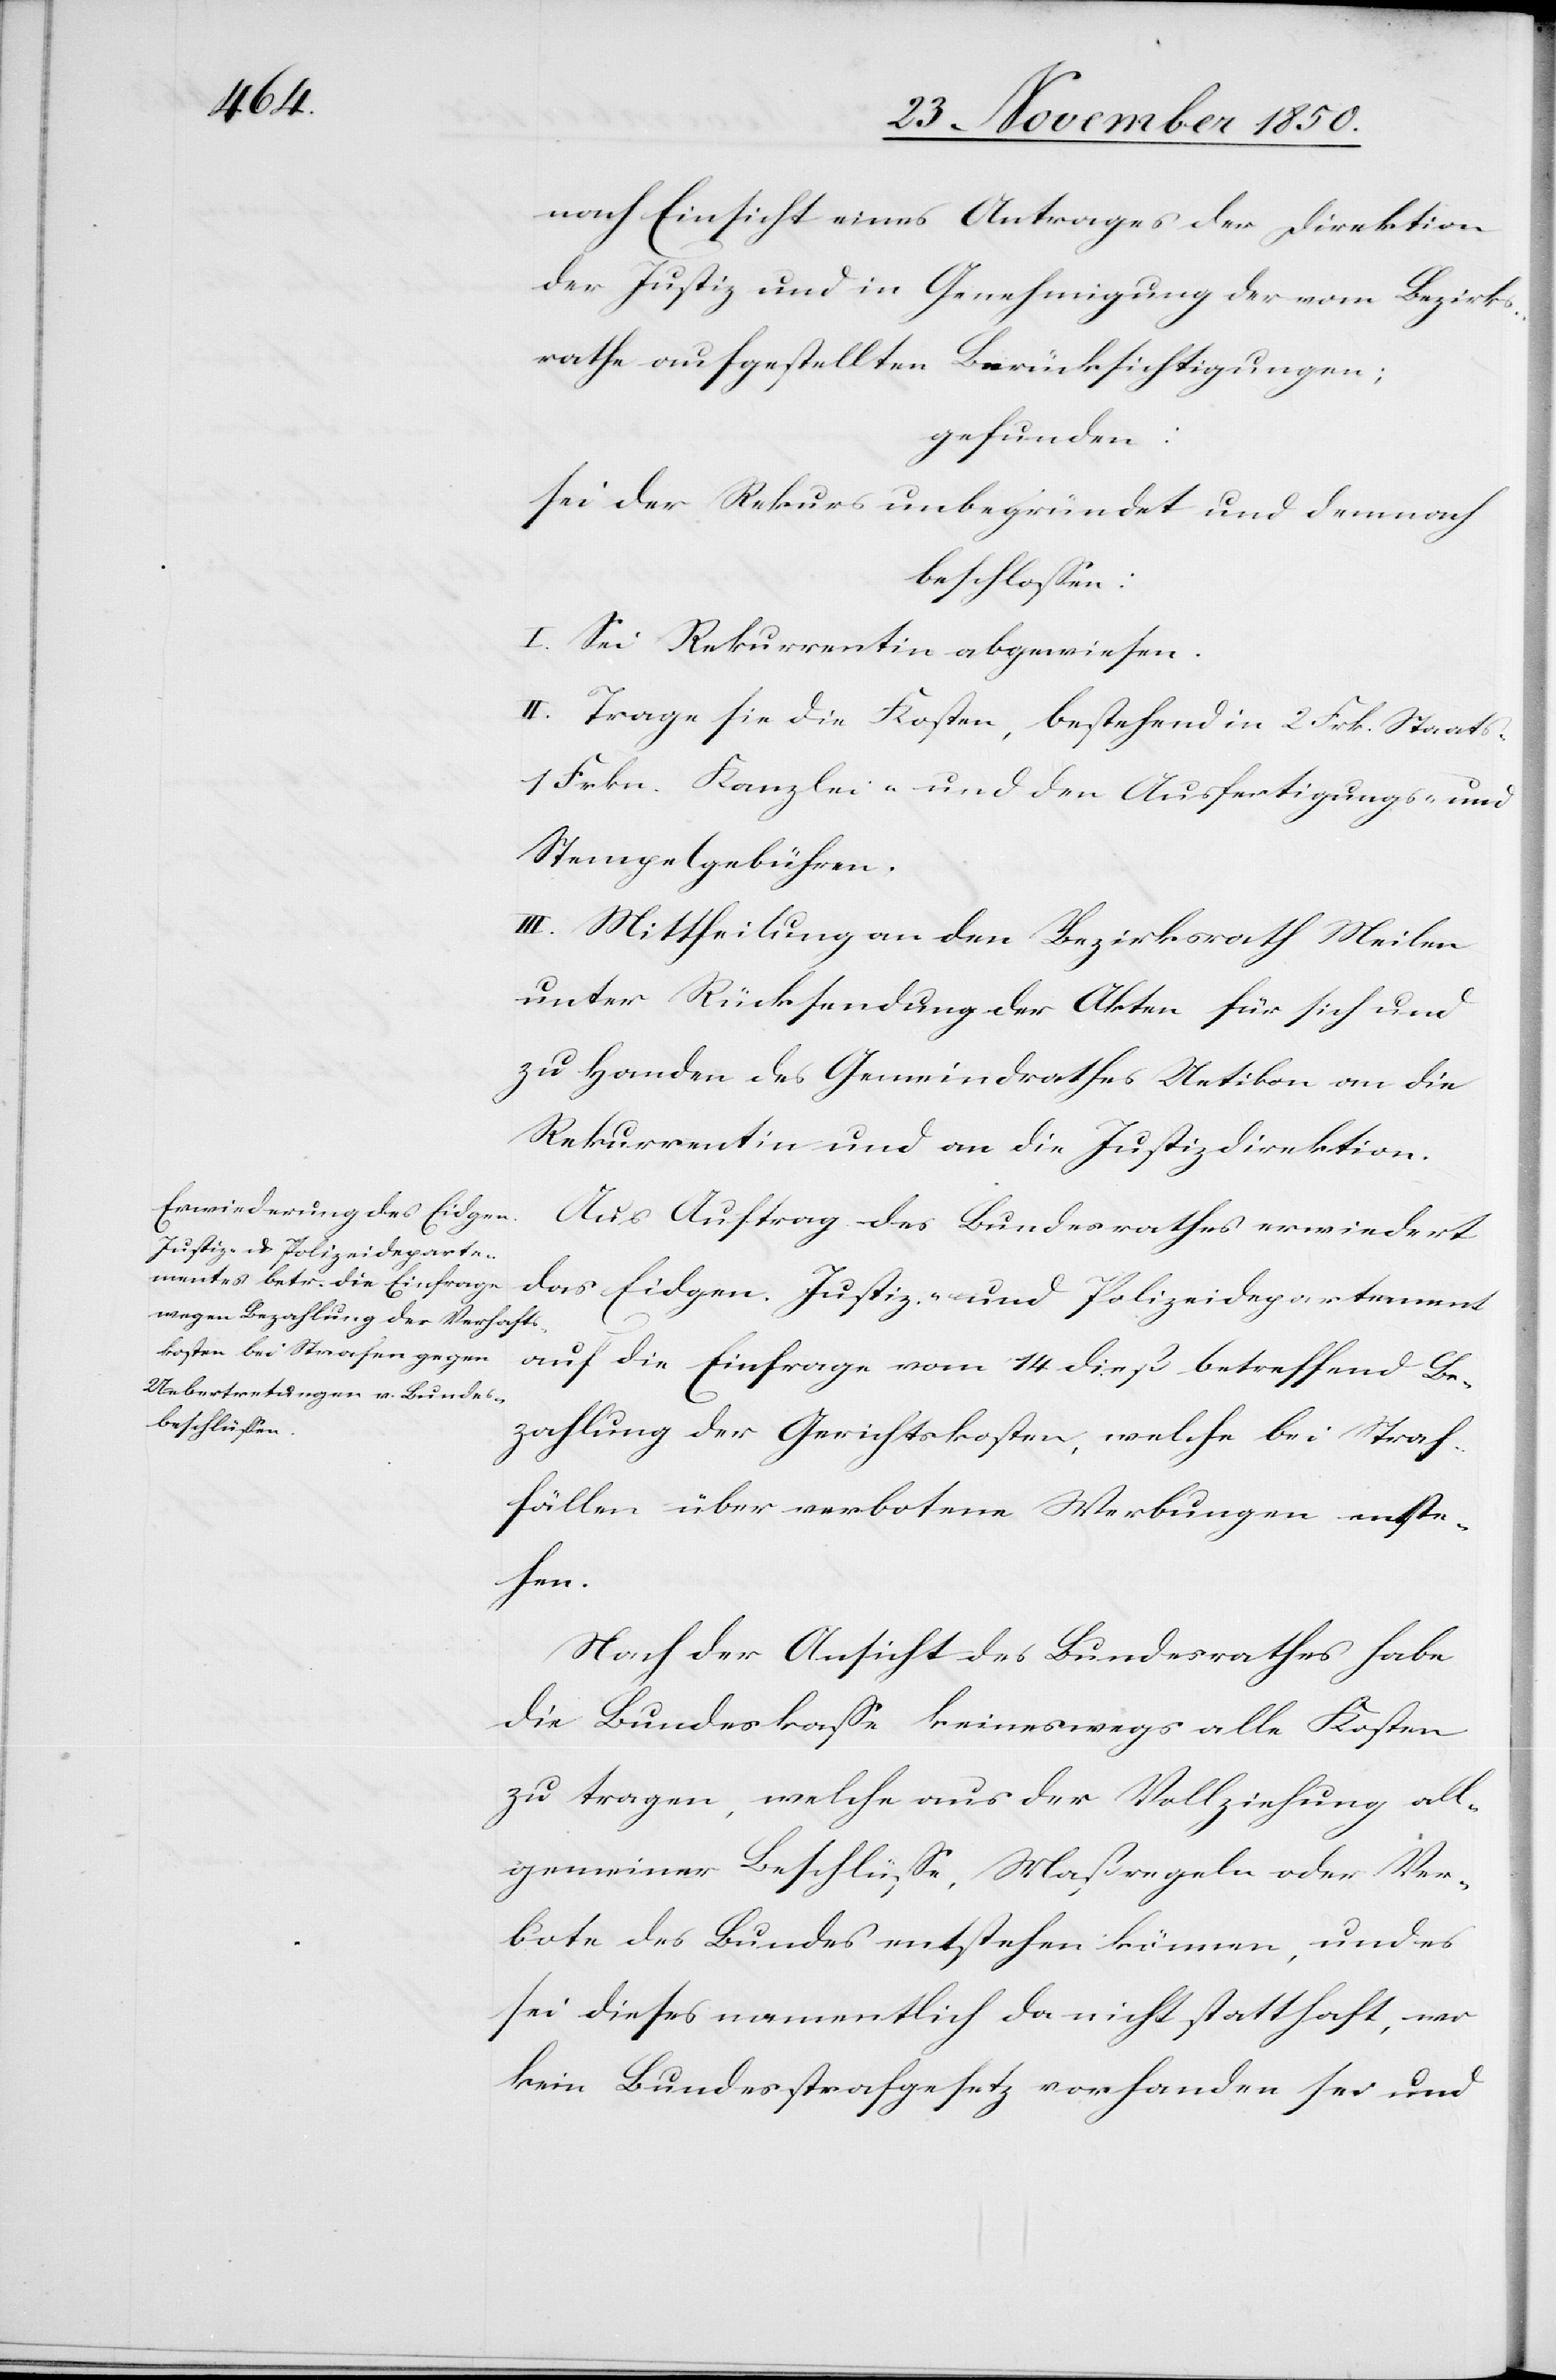
nach Einsicht eines Antrages der Direktion
der Justiz und in Genehmigung der vom Bezirks¬
rathe aufgestellten Berücksichtigungen;
gefunden:
sei der Rekurs unbegründet und demnach
beschlossen:
I. Sei Rekurrentin abgewiesen.
II. Trage sie die Kosten, bestehend in 2 Frk. Staats-
1 Frkn. Kanzlei- und den Ausfertigungs- und
Stempelgebühren.
III. Mittheilung an den Bezirksrath Meilen
unter Rücksendung der Akten für sich und
zu Handen des Gemeindrathes Uetikon an die
Rekurrentin und an die Justizdirektion.
Aus Auftrag des Bundesrathes erwiedert
das Eidgen. Justiz- und Polizeidepartement
auf die Einfrage vom 14 dieß betreffend Be¬
zahlung der Gerichtskosten, welche bei Straf¬
fällen über verbotene Werbungen entste¬
hen.
Nach der Ansicht des Bundesrathes habe
die Bundeskasse keineswegs alle Kosten
zu tragen, welche aus der Vollziehung all¬
gemeiner Beschlüsse, Maßregeln oder Ver¬
bote des Bundes entstehen können, und es
sei dieses namentlich da nicht statthaft, wo
kein Bundesstrafgesetz vorhanden sei und